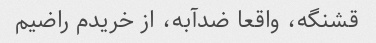
قشنگه، واقعا ضدآبه، از خریدم راضیم